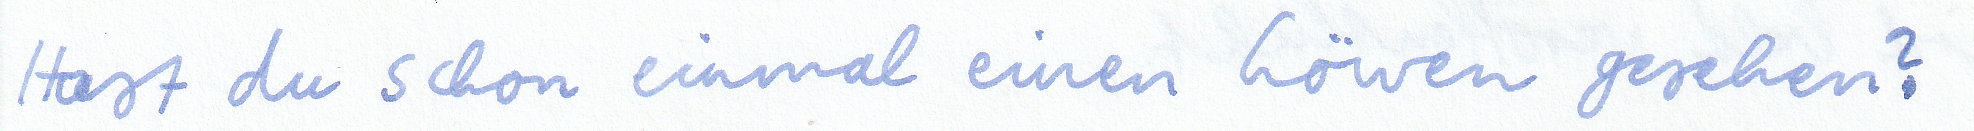
Hast du schon einmal einen Löwen gesehen?